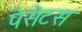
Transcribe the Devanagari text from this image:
पेसेटस